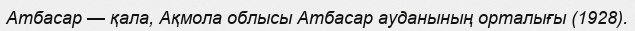
Атбасар — қала, Ақмола облысы Атбасар ауданының орталығы (1928).